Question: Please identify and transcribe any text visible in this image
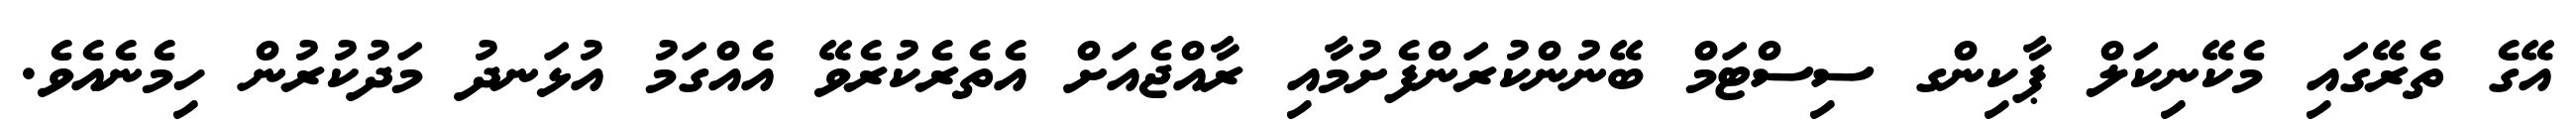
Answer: އޭގެ ތެރޭގައި މެކޭނިކަލް ޕާކިންގ ސިސްޓަމް ބޭނުންކުރަންފެށުމާއި ރާއްޖެއަށް އެތެރެކުރެވޭ އެއްގަމު އުޅަނދު މަދުކުރުން ހިމެނެއެވެ.